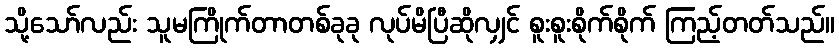
သို့သော်လည်း သူမကြိုက်တာတစ်ခုခု လုပ်မိပြီဆိုလျှင် စူးစူးစိုက်စိုက် ကြည့်တတ်သည်။